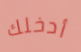
أدخلك